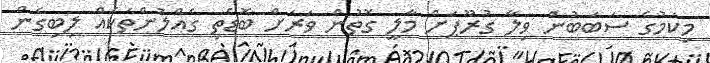
މިކަމުގެ ސަބަބުން ވިލާ ގުރޫޕަށް މާލީ ގޮތުން ވަރަށް ބޮޑެތި ގެއްލުންތަކެއް ލިބިގެން